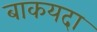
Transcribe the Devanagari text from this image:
बाकयदा